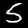
Label: 5